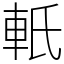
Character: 軝